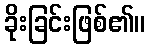
ခိုးခြင်းဖြစ်၏။